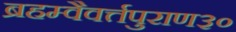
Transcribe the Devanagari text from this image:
ब्रहम्वैवर्त्तपुराण३०